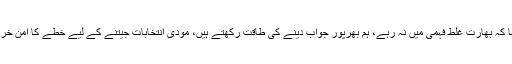
انہوں نے کہا کہ بھارت غلط فہمی میں نہ رہے، ہم بھرپور جواب دینے کی طاقت رکھتے ہیں، مودی انتخابات جیتنے کے لیے خطے کا امن خراب نہ کریں۔